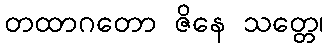
တထာဂတော ဇိနေ သတ္တေ၊